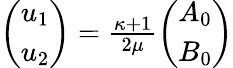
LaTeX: \begin{array}{r}{\left(\begin{array}{l}{u_{1}}\\ {u_{2}}\end{array}\right)=\frac{\kappa+1}{2\mu}\left(\begin{array}{l}{A_{0}}\\ {B_{0}}\end{array}\right)}\end{array}